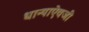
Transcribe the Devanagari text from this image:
धान्याऐवजी